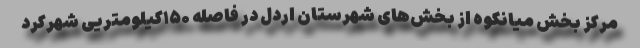
مرکز بخش میانکوه از بخش‌های شهرستان اردل در فاصله ۱۵۰کیلومتریی شهرکرد